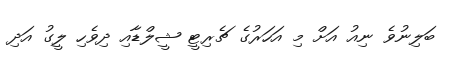
ބަލިނުވެ ނިއު އަށް މި އަހަރުގެ ޗެރިޓީ ޝީލްޑާއި ދިވެހި ލީގު އަދި